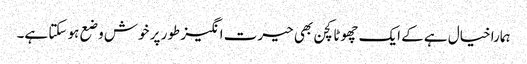
ہمارا خیال ہے کے ایک چھوٹا کچن بھی حیرت انگیز طور پر خوش وضع ہو سکتا ہے۔